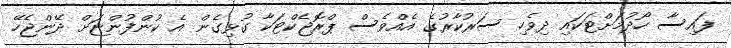
ފައިސާ ހޯދުމަށްޓަކައި ދިވެހި ސަރުކާރުގެ އެއްވެސް ޕްރޮޖެކްޓަކާ ގުޅިގެން އެ ކުންފުންޏަށް ދޭންޖެހޭ